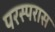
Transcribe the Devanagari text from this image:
परस्परास